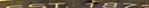
EST 1873